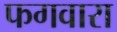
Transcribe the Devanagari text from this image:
फगवारा